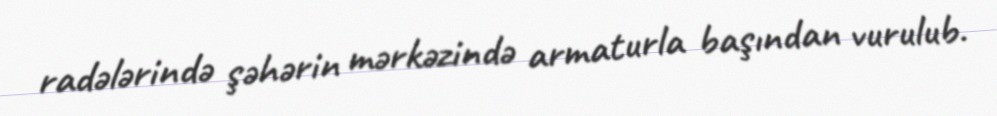
radələrində şəhərin mərkəzində armaturla başından vurulub.